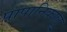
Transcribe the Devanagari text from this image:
पापानिकालू